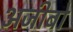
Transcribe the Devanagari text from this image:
अजीबो